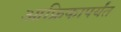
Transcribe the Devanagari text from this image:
आफ्रिकापर्यंत